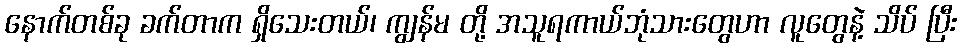
နောက်တစ်ခု ခက်တာက ရှိသေးတယ်၊ ကျွန်မ တို့ အသူရကာယ်ဘုံသားတွေဟာ လူတွေနဲ့ သိပ် ပြီး